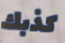
كذبك